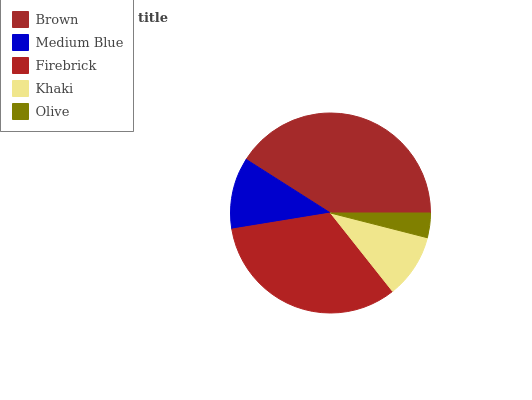
| Brown | Medium Blue | Firebrick | Khaki | Olive |
 | --- | --- | --- | --- | --- |
 | 41% | 11.6% | 33.1% | 10.4% | 3.98% |